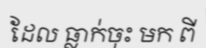
ដែល ធ្លាក់ចុះ មក ពី